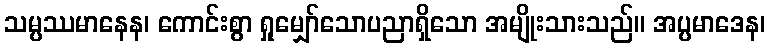
သမ္ပဿမာနေန၊ ကောင်းစွာ ရှုမျှော်သောပညာရှိသော အမျိုးသားသည်။ အပ္ပမာဒေန၊